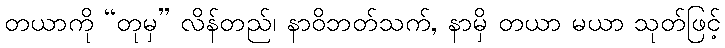
တယာကို “တုမှ” လိန်တည်၊ နာဝိဘတ်သက်, နာမှိ တယာ မယာ သုတ်ဖြင့်